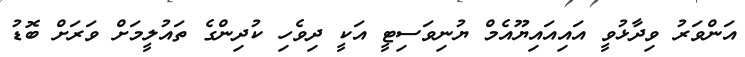
އަންވަރު ވިދާޅުވީ އައިއައިޔޫއެމް ޔުނިވަސިޓީ އަކީ ދިވެހި ކުދިންގެ ތައުލީމަށް ވަރަށް ބޮޑު